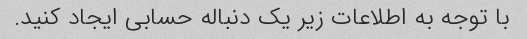
با توجه به اطلاعات زیر یک دنباله حسابی ایجاد کنید.